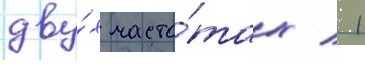
дву́х часто́тах / 1